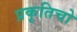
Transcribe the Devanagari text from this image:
प्रकृतिचो